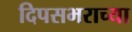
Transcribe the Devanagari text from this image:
दिपसभराच्या